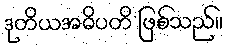
ဒုတိယအဓိပတိ ဖြစ်သည်။